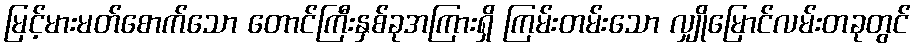
မြင့်မားမတ်စောက်သော တောင်ကြီးနှစ်ခုအကြားရှိ ကြမ်းတမ်းသော လျှိုမြောင်လမ်းတခုတွင်